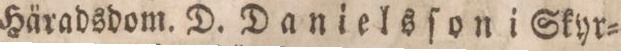
Häradsdom. D. Danielsſon i Skyr=